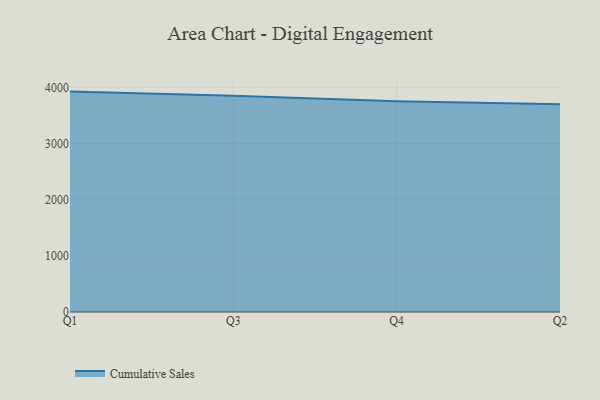
{"axis": {"x": "Quarter", "y": "Headcount"}, "legend": ["Cumulative Sales"], "data": [{"x": "Q1", "y": 3923.4, "type": "Cumulative Sales"}, {"x": "Q3", "y": 3848.9, "type": "Cumulative Sales"}, {"x": "Q4", "y": 3752.4, "type": "Cumulative Sales"}, {"x": "Q2", "y": 3697.8, "type": "Cumulative Sales"}]}